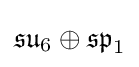
{\mathfrak {su}}_{6}\oplus {\mathfrak {sp}}_{1}